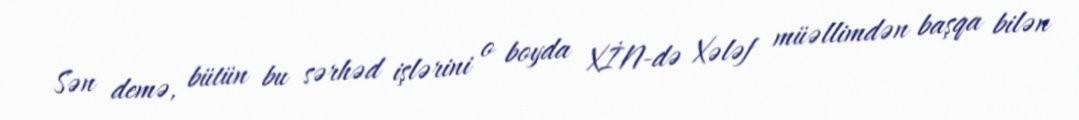
Sən demə, bütün bu sərhəd işlərini o boyda XİN-də Xələf müəllimdən başqa bilən